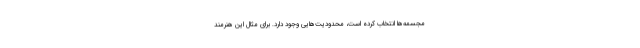
مجسمه‌ها انتخاب کرده است، محدودیت‌هایی وجود دارد. برای مثال این هنرمند